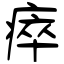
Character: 瘁